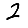
Digit: 2